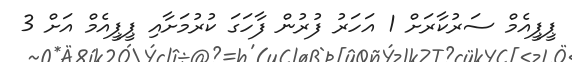
ޕީޕީއެމް ސަރުކާރަށް 1 އަހަރު ފުރުން ފާހަގަ ކުރުމަށާއި ޕީޕީއެމް އަށް 3